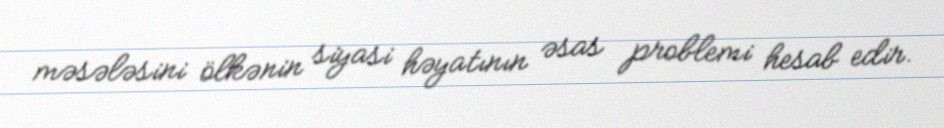
məsələsini ölkənin siyasi həyatının əsas problemi hesab edir.